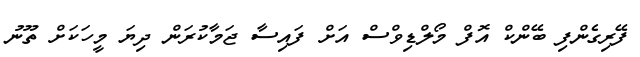
ފޭރިގެންފި ބޭންކް އޮފް މޯލްޑިވްސް އަށް ފައިސާ ޖަމާކުރަން ދިޔަ މީހަކަށް ތޫނު